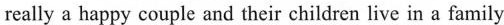
really a happy couple and their children live in a family